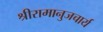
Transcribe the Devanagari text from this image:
श्रीरामानुजचार्य